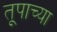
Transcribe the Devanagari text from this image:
तूपाच्या